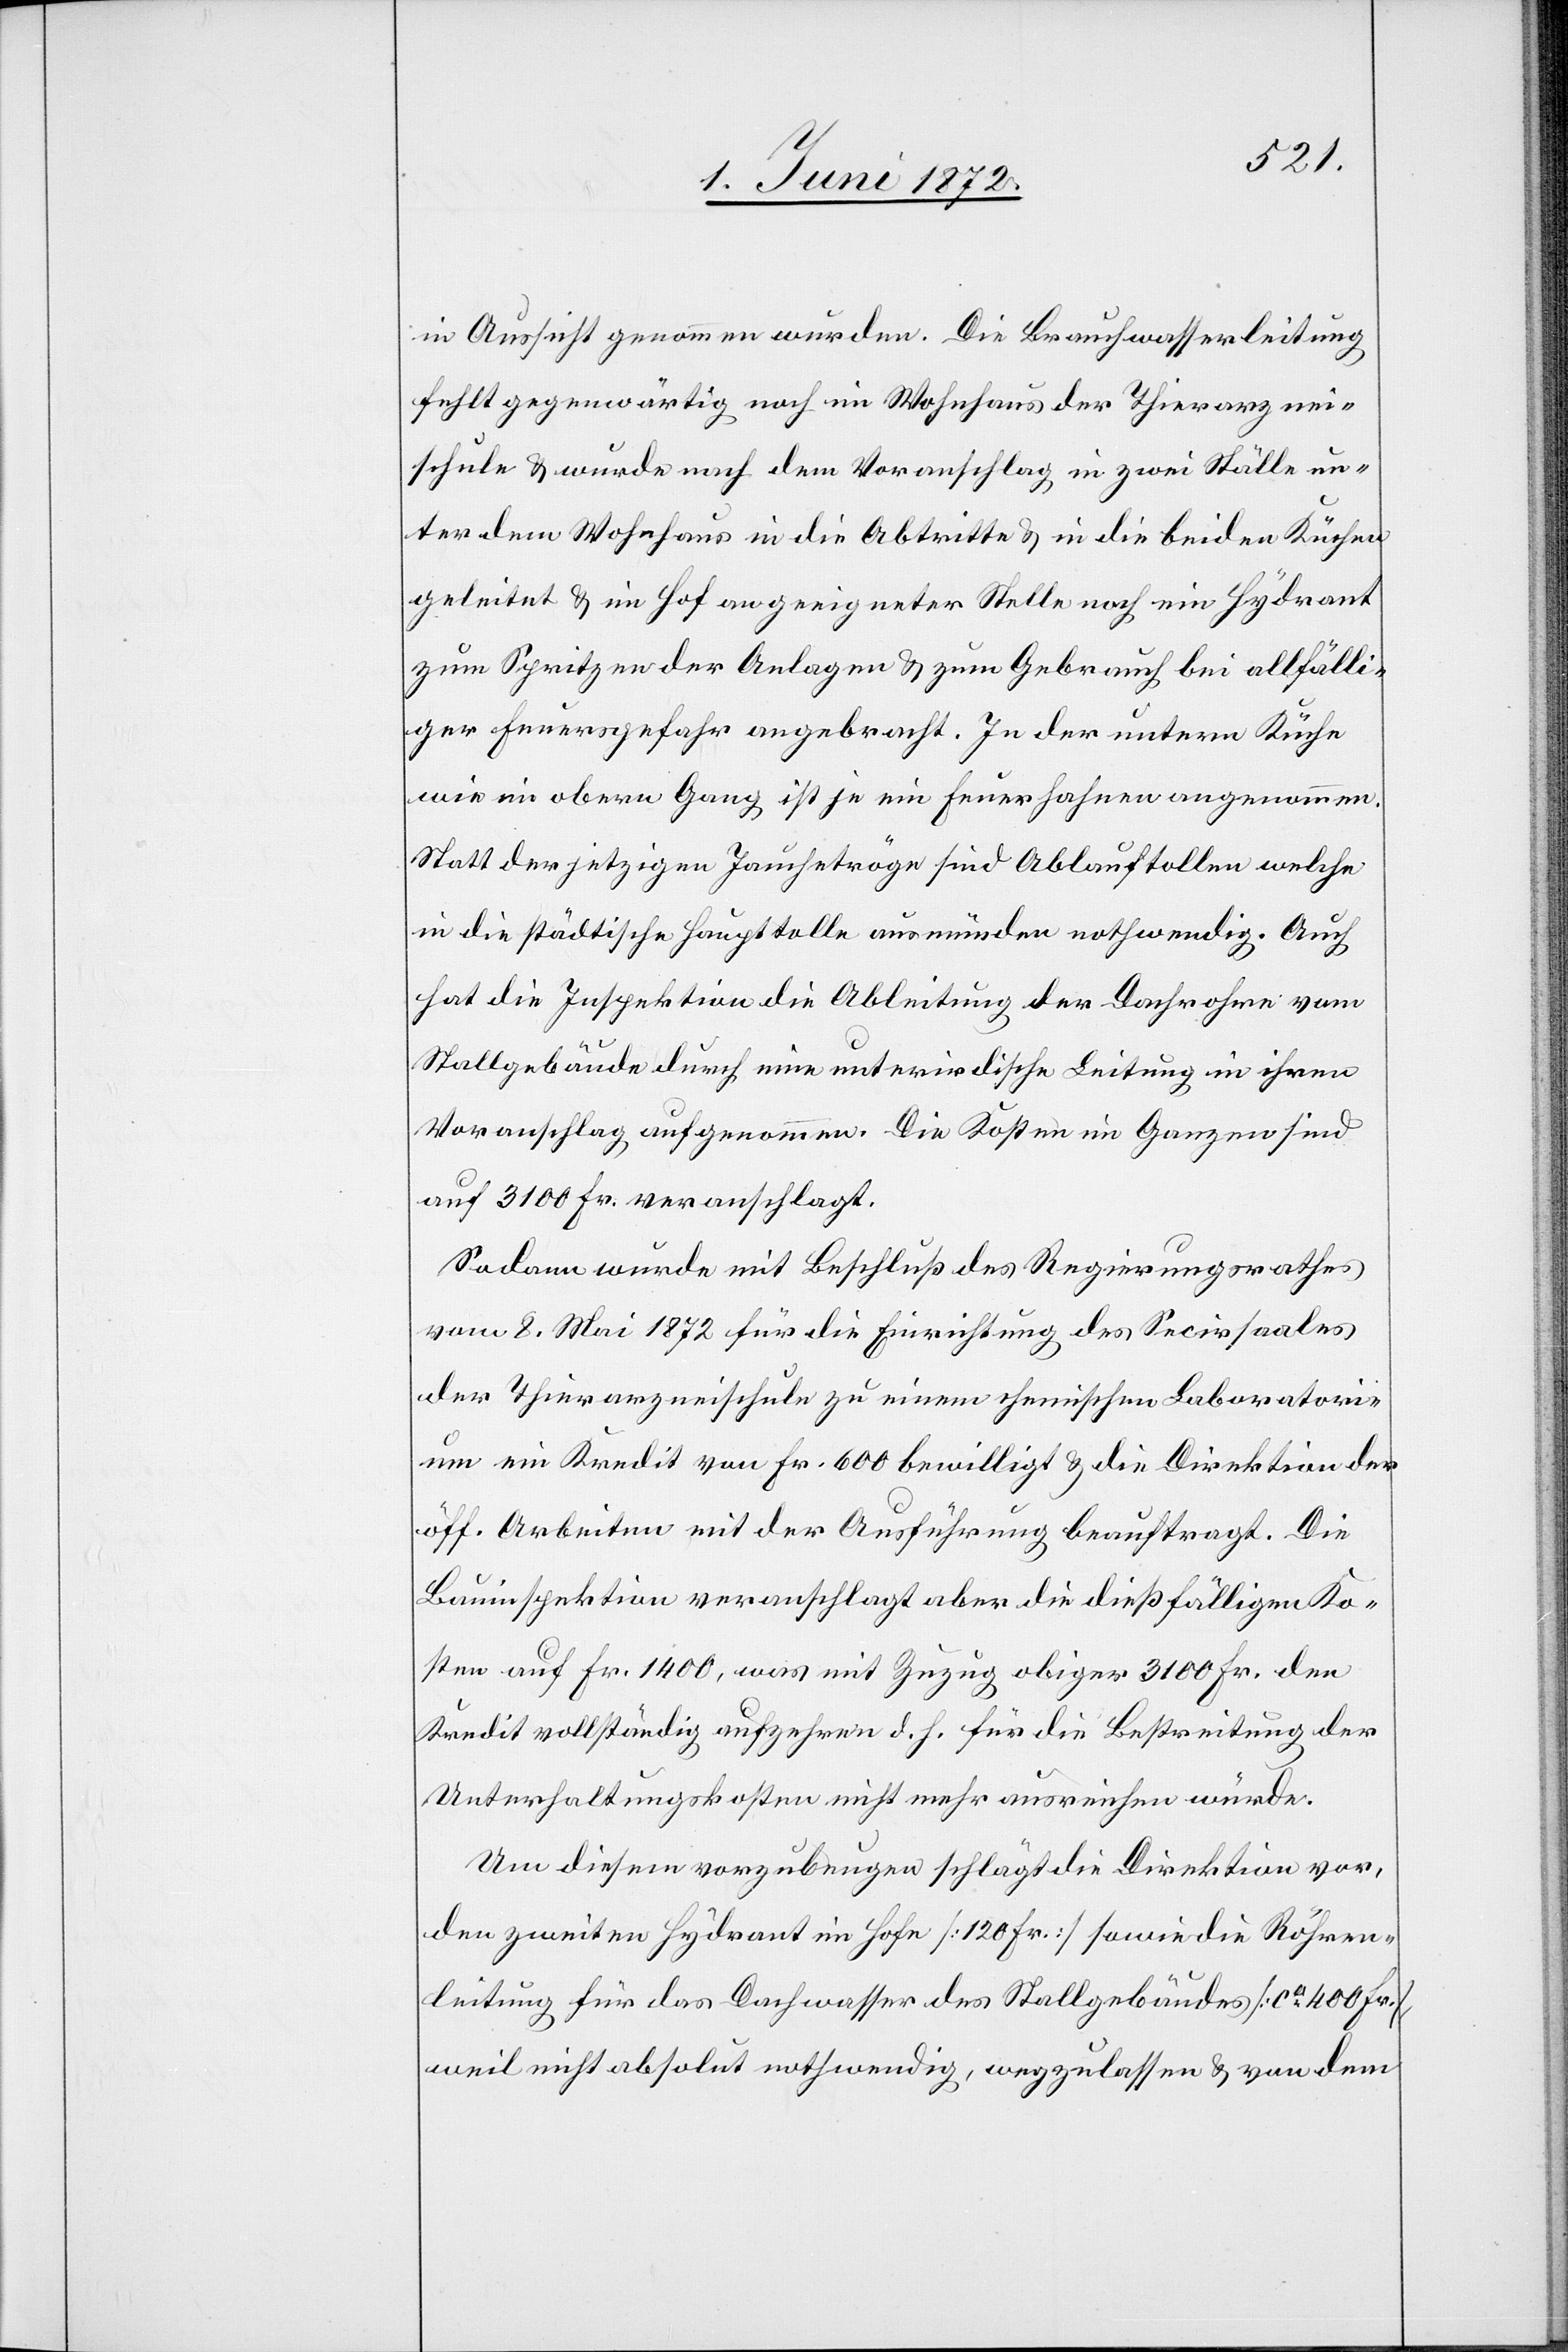
in Aussicht genommen wurden. Die Brauchwasserleitung
fehlt gegenwärtig noch im Wohnhaus der Thierarznei¬
schule u. wurde nach dem Voranschlag in zwei Ställe un¬
ter dem Wohnhaus in die Abtritte u. in die beiden Küchen
geleitet u. im Hof an geeigneter Stelle noch ein Hydrant
zum Spritzen der Anlagen u. zum Gebrauch bei allfälli¬
ger Feuergefahr angebracht. In der untern Küche
wie im obern Gang ist je ein Feuerhahnen angenommen.
Statt der jetzigen Jauchetröge sind Ablauftollen[,] welche
in die städtische Haupttolle ausmünden[,] nothwendig. Auch
hat die Inspektion die Ableitung der Dachrohre vom
Stallgebäude durch eine unterirdische Leitung in ihren
Voranschlag aufgenommen. Die Kosten im Ganzen sind
auf 3100 Fr. veranschlagt.
Sodann wurde mit Beschluß des Regierungsrathes
vom 8. Mai 1872 für die Einrichtung des Secirsaales
der Thierarzneischule zu einem chemischen Laboratori¬
um ein Kredit von Fr. 600 bewilligt u. die Direktion der
öff. Arbeiten mit der Ausführung beauftragt. Die
Bauinspektion veranschlagt aber die dießfälligen Ko¬
sten auf Fr. 1400, was mit Zuzug obiger 3100 Fr. den
Kredit vollständig aufzehren d. h. für die Bestreitung der
Unterhaltungskosten nicht mehr ausreichen würde.
Um diesem vorzubeugen schlägt die Direktion vor,
den zweiten Hydrant im Hofe [120 Fr.] sowie die Röhren¬
leitung für das Dachwasser des Stallgebäudes [ca 400 Fr.],
weil nicht absolut nothwendig, wegzulassen u. von dem